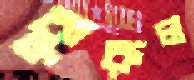
কুরুল